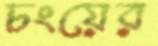
চংয়ের